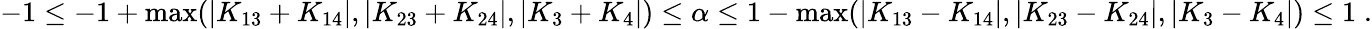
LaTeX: \begin{array}{r}{-1\le-1+\operatorname*{max}(\vert K_{13}+K_{14}\vert,\vert K_{23}+K_{24}\vert,\vert K_{3}+K_{4}\vert)\le\alpha\le 1-\operatorname*{max}(\vert K_{13}-K_{14}\vert,\vert K_{23}-K_{24}\vert,\vert K_{3}-K_{4}\vert)\le 1\; .}\end{array}